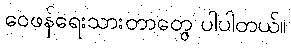
ဝေဖန်ရေးသားတာတွေ ပါပါတယ်။